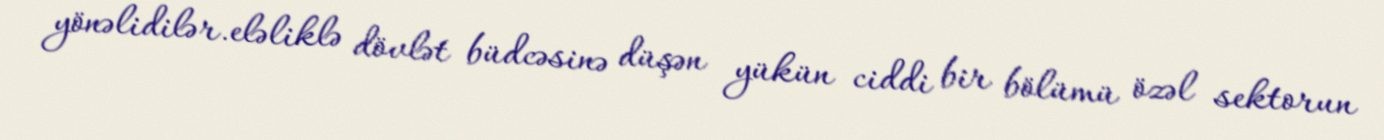
yönəlidilər.eləliklə dövlət büdcəsinə düşən yükün ciddi bir bölümü özəl sektorun